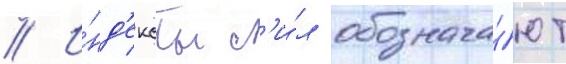
// И́нд'ексы с'и́л обознача́ют